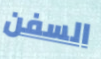
السفن